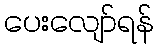
ပေးလျော်ရန်